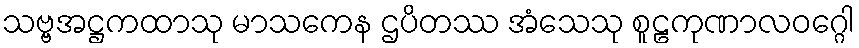
သဗ္ဗအဋ္ဌကထာသု မာသကေန ဌပိတဿ အံသေသု စူဠကုဏာလဝဂ္ဂေါ